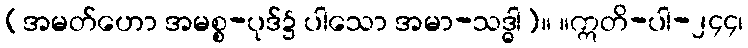
(အမတ်ဟော အမစ္စ-ပုဒ်၌ ပါသော အမာ-သဒ္ဓါ)။ ။ဣတိ-ပါ-၂၄၄၊